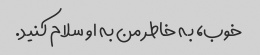
خوب، به خاطر من به او سلام کنید.